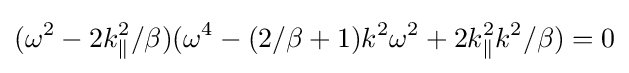
(\omega ^{2}-2k_{\parallel }^{2}/\beta )(\omega ^{4}-(2/\beta +1)k^{2}\omega ^{2}+2k_{\parallel }^{2}k^{2}/\beta )=0